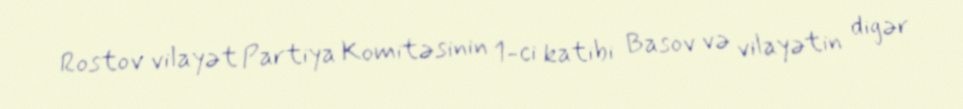
Rostov vilayət Partiya Komitəsinin 1-ci katibi Basov və vilayətin digər